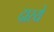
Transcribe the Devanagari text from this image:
दास्ये